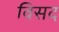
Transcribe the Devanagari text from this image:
विसद